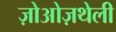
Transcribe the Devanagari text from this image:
ज़ोओज़थेली